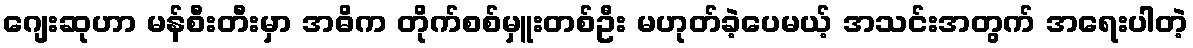
ဂျေးဆုဟာ မန်စီးတီးမှာ အဓိက တိုက်စစ်မှူးတစ်ဦး မဟုတ်ခဲ့ပေမယ့် အသင်းအတွက် အရေးပါတဲ့